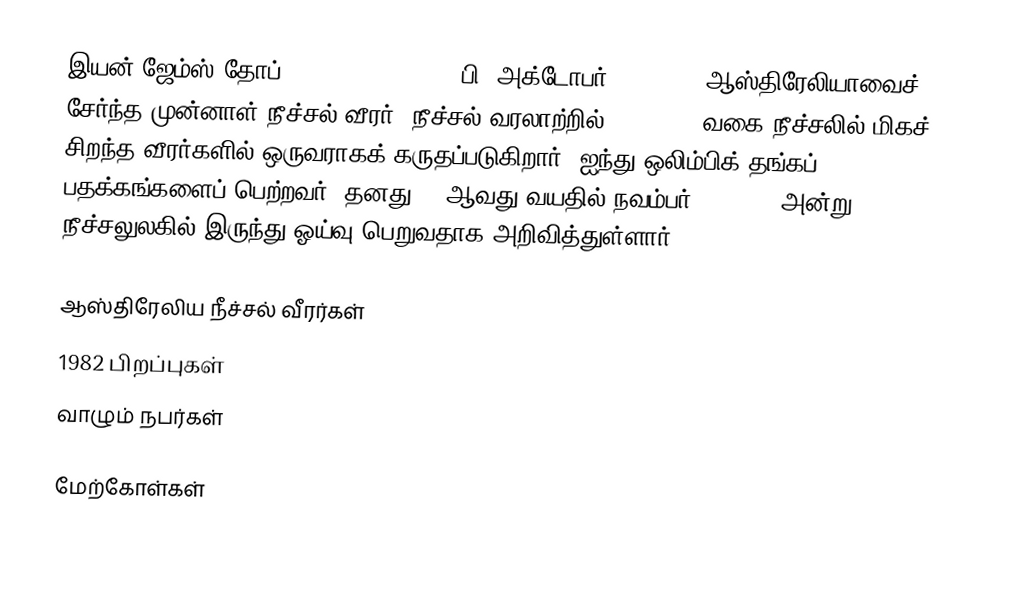
இயன் ஜேம்ஸ் தோப் (Ian James Thorpe, பி. அக்டோபர் 13, 1982) ஆஸ்திரேலியாவைச் சேர்ந்த முன்னாள் நீச்சல் வீரர். நீச்சல் வரலாற்றில் freestyle வகை நீச்சலில் மிகச் சிறந்த வீரர்களில் ஒருவராகக் கருதப்படுகிறார். ஐந்து ஒலிம்பிக் தங்கப் பதக்கங்களைப் பெற்றவர். தனது 24 ஆவது வயதில் நவம்பர் 21, 2006 அன்று நீச்சலுலகில் இருந்து ஓய்வு பெறுவதாக அறிவித்துள்ளார்.

ஆஸ்திரேலிய நீச்சல் வீரர்கள்
1982 பிறப்புகள்
வாழும் நபர்கள்

மேற்கோள்கள்